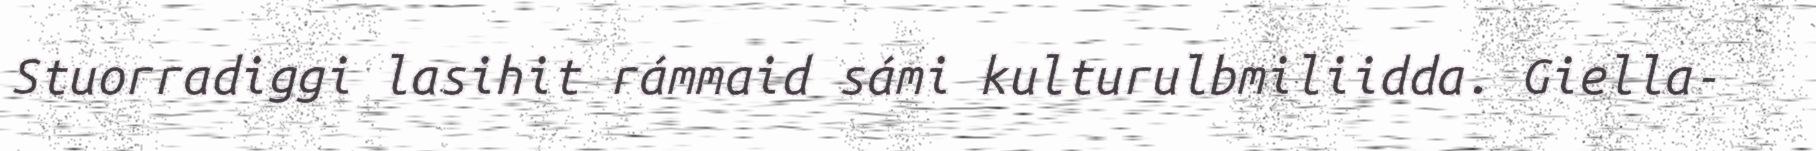
Stuorradiggi lasihit rámmaid sámi kulturulbmiliidda. Giella-